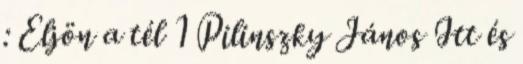
: Eljön a tél 1 Pilinszky János Itt és